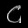
Digit: ၄